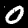
Label: 0